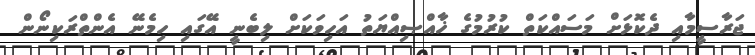
ޖަރާސީމާއި ދެކޮޅަށް މަސައްކަތް ކުރުމުގެ ޚާއްޞިއްޔަތު އަހިވަކަށް ލިބެނީ އޭގައި ހިމެނޭ އެންތްރަކިނޯން